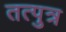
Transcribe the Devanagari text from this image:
तत्पुत्र